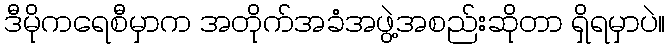
ဒီမိုကရေစီမှာက အတိုက်အခံအဖွဲ့အစည်းဆိုတာ ရှိရမှာပဲ။